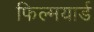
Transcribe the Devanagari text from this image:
फिल्मयार्ड